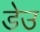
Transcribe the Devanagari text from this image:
डेउ